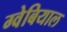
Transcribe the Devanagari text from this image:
ग्वेबियाल